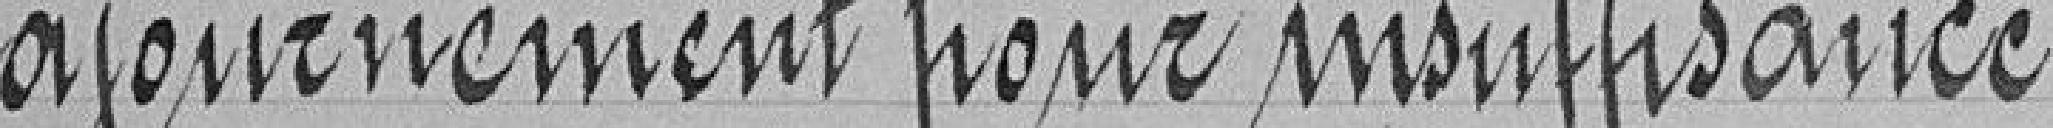
ajournement pour insuffisance